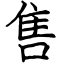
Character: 售